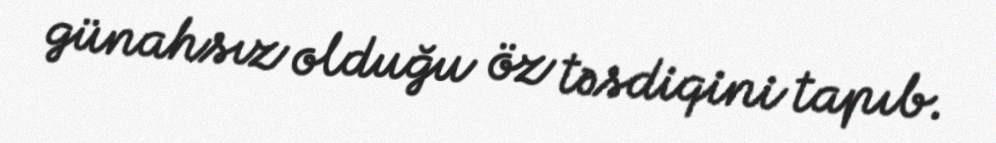
günahsız olduğu öz təsdiqini tapıb.